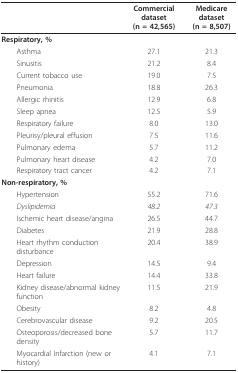
<table><thead><tr><td></td><td><b>Commercial dataset(n = 42,565)</b></td><td><b>Medicare dataset(n = 8,507)</b></td></tr></thead><tbody><tr><td><b>Respiratory, %</b></td><td></td><td></td></tr><tr><td> Asthma</td><td>27.1</td><td>21.3</td></tr><tr><td> Sinusitis</td><td>21.2</td><td>8.4</td></tr><tr><td> Current tobacco use</td><td>19.0</td><td>7.5</td></tr><tr><td> Pneumonia</td><td>18.8</td><td>26.3</td></tr><tr><td> Allergic rhinitis</td><td>12.9</td><td>6.8</td></tr><tr><td> Sleep apnea</td><td>12.5</td><td>5.9</td></tr><tr><td> Respiratory failure</td><td>8.0</td><td>13.0</td></tr><tr><td> Pleurisy/pleural effusion</td><td>7.5</td><td>11.6</td></tr><tr><td> Pulmonary edema</td><td>5.7</td><td>11.2</td></tr><tr><td> Pulmonary heart disease</td><td>4.2</td><td>7.0</td></tr><tr><td> Respiratory tract cancer</td><td>4.2</td><td>7.1</td></tr><tr><td><b>Non-respiratory, %</b></td><td></td><td></td></tr><tr><td> Hypertension</td><td>55.2</td><td>71.6</td></tr><tr><td> <i>Dyslipidemia</i></td><td><i>48.2</i></td><td><i>47.3</i></td></tr><tr><td> Ischemic heart disease/angina</td><td>26.5</td><td>44.7</td></tr><tr><td> Diabetes</td><td>21.9</td><td>28.8</td></tr><tr><td> Heart rhythm conduction disturbance</td><td>20.4</td><td>38.9</td></tr><tr><td> Depression</td><td>14.5</td><td>9.4</td></tr><tr><td> Heart failure</td><td>14.4</td><td>33.8</td></tr><tr><td> Kidney disease/abnormal kidney function</td><td>11.5</td><td>21.9</td></tr><tr><td> Obesity</td><td>8.2</td><td>4.8</td></tr><tr><td> Cerebrovascular disease</td><td>9.2</td><td>20.5</td></tr><tr><td> Osteoporosis/decreased bone density</td><td>5.7</td><td>11.7</td></tr><tr><td> Myocardial Infarction (new or history)</td><td>4.1</td><td>7.1</td></tr></tbody></table>